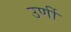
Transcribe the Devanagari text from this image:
उर्णी